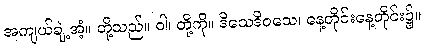
အကျယ်ချဲ့အံ့။ တို့သည်။ ဝါ၊ တို့ကို။ ဒိသေဒိဝသေ၊ နေ့တိုင်းနေ့တိုင်း၌။